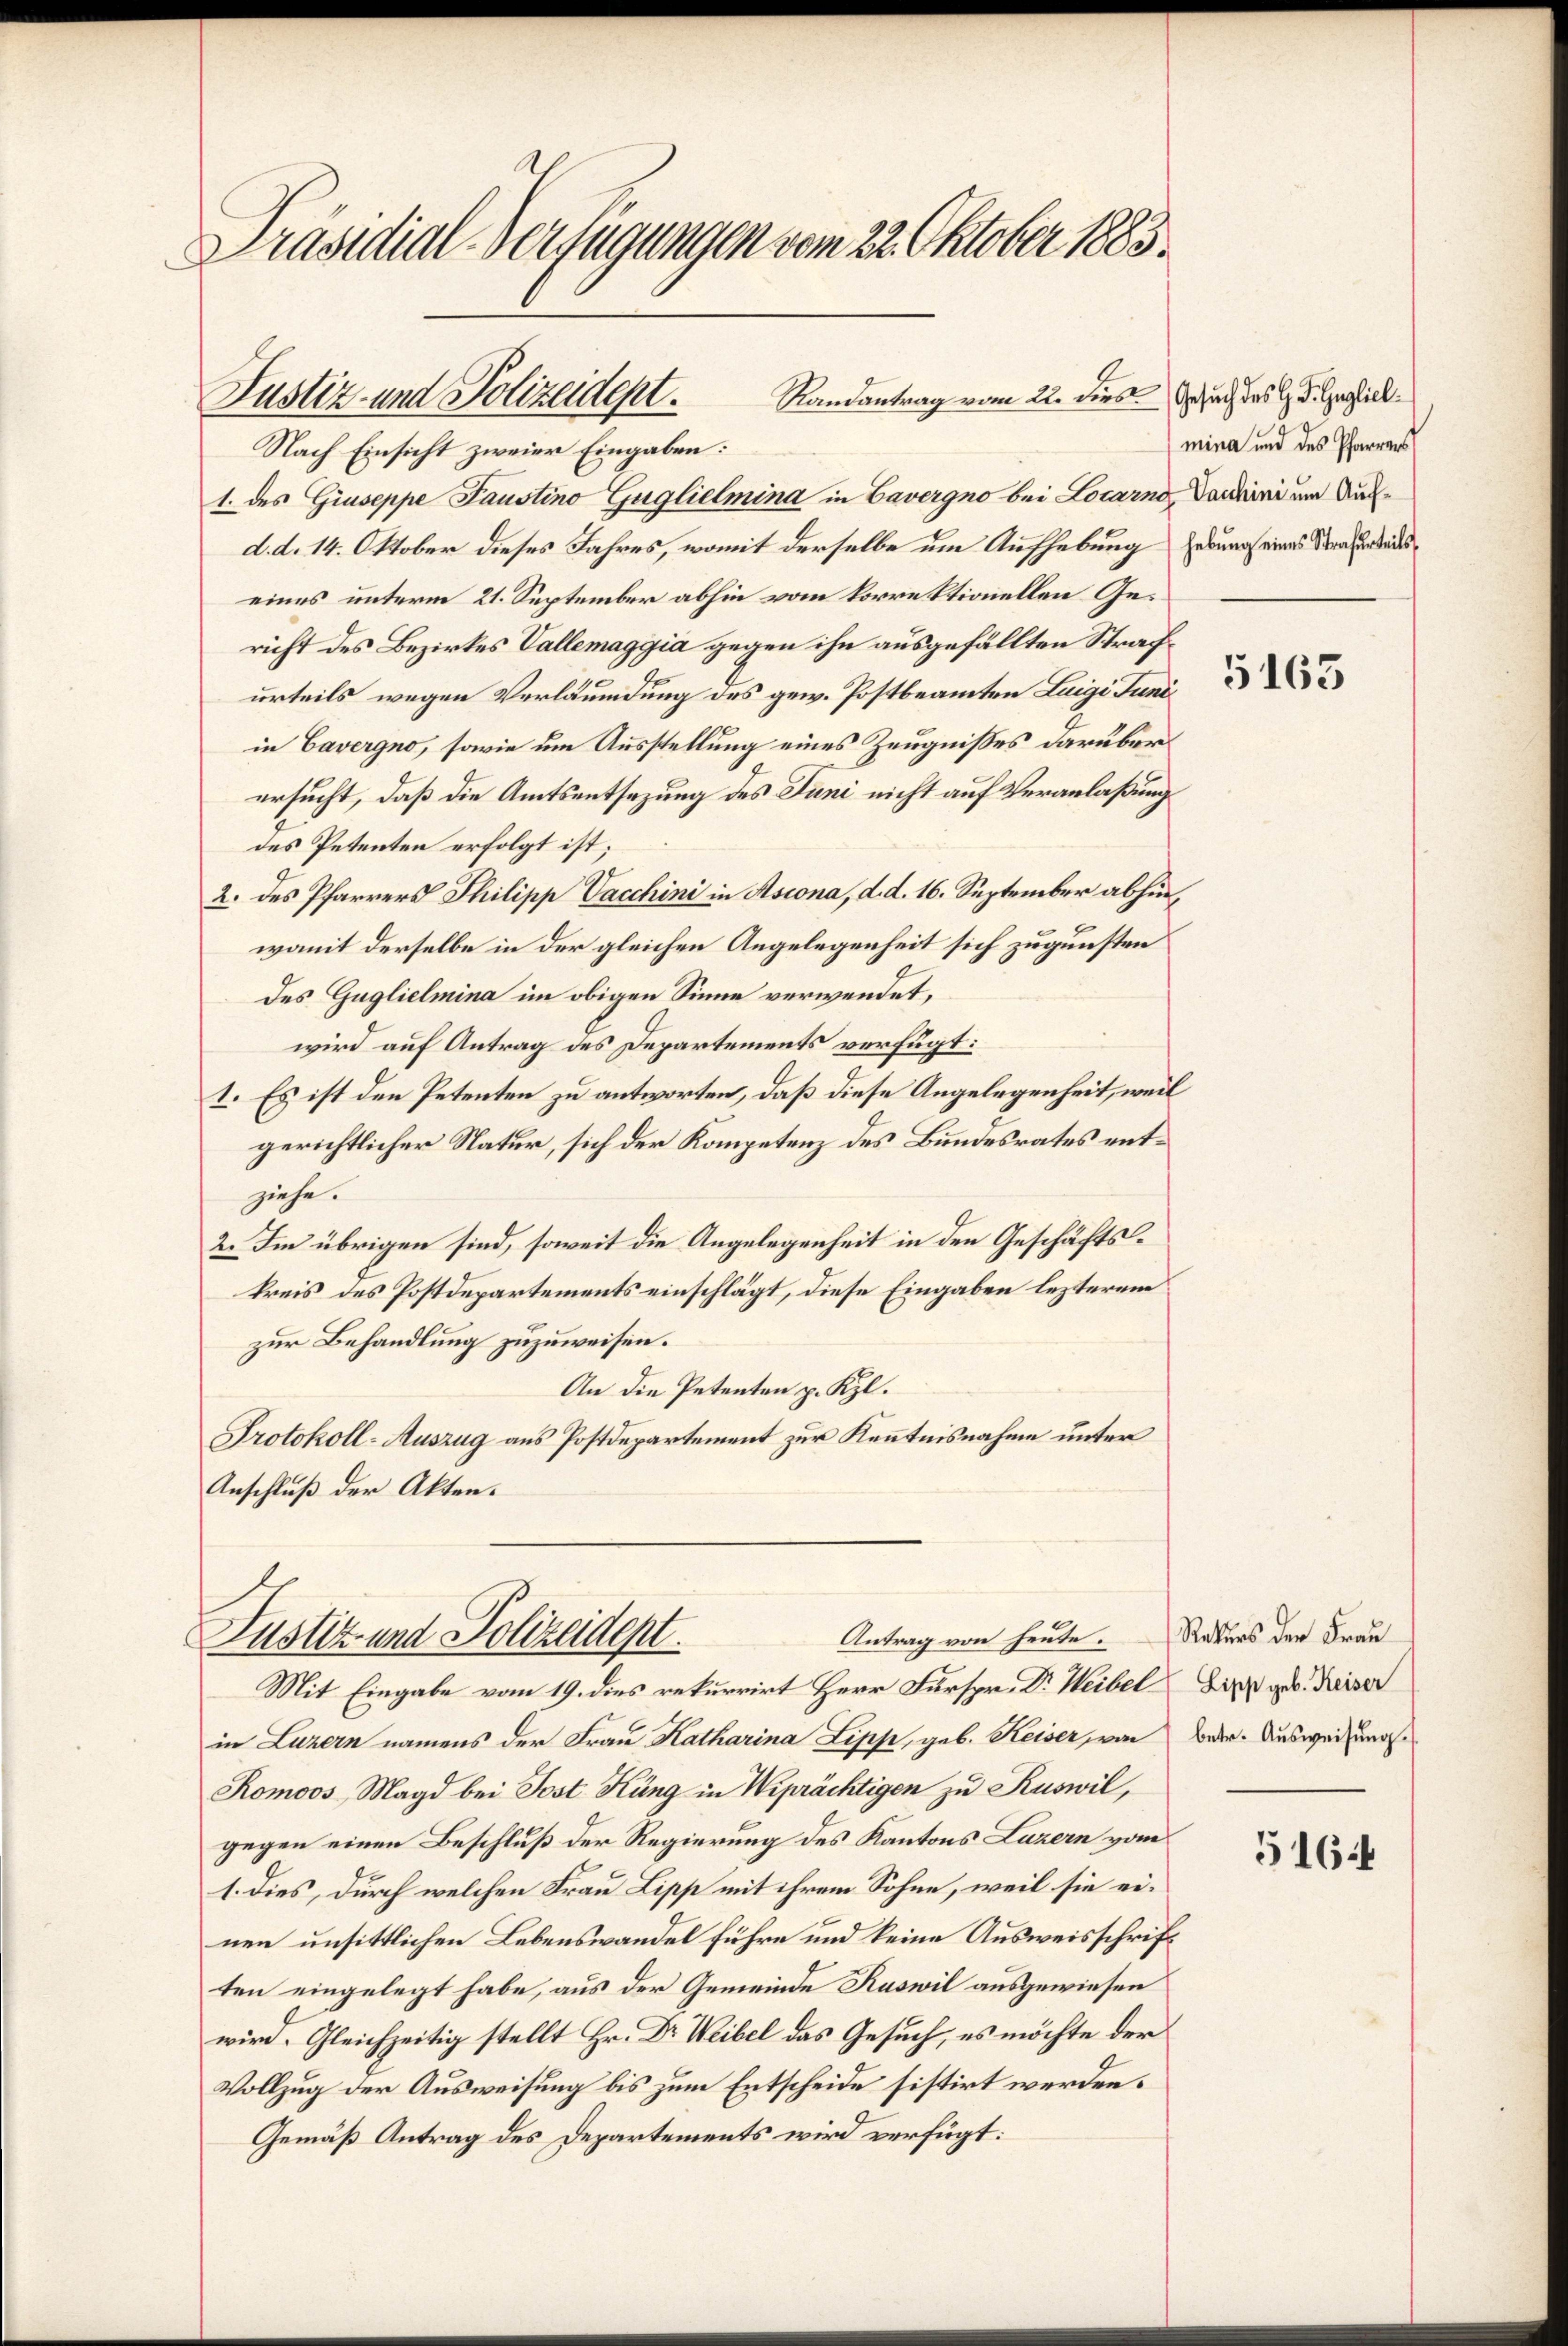
Präsidial-Verfügungen vom 22. Oktober 1883.

Nach Einsicht zweier Eingaben:
1. des Giuseppe Paustino Guglielmina in Cavergno bei Locarno Sardini um Ausd. d. 14. Oktober dieses Jahres, womit derselbe um Aufhebung gebung eines Strafendeseines unterm 21. September abhin vom korrektionellen Gericht des Bezirkes Vallemaggia gegen ihn ausgefällten Strachurteils wegen Verläumdung des gew. Postbeamten Luigi Juni
in Cavergno, sowie um Ausstellung eines Zeugnisses darüber
ersucht, daß die Amtsentsezung des Juni nicht auf Veranlaßungs
des Petenten erfolgt ist;
2. des Pfarrers Philipp Vacchini in Ascona, d. d. 16. September abhin,
womit derselbe in der gleichen Angelegenheit sich zugunsten
des Guglielmina im obigen Sinne verwendet,
wird auf Antrag des Departements verfügt:
I. Es ist den Petenten zu antworten, daß diese Angelegenheit, weil
gerichtlicher Natur, sich der Kompetenz des Bundesrates entziehe.
2. Im übrigen sind, soweit die Angelegenheit in den Geschäftskreis des Postdepartements einschlägt, diese Eingaben lezterem
zur Behandlung zuzuweisen.
An die Petenten p. Kzl.
Protokoll-Auszug aus Postdepartement zur Kenntnisnahme unter
Anschluß der Akten.

Justiz- und Polizeident. Randantrag vom 22. dies auch des H. F. Heglick

Antrag von heute.
Justiz- und Polizeident.

Mit Eingabe vom 19. dies rekurrirt Herr Fürspr. Dr Weibel Linz geb. Keiser
in Luzern namens der Frau Katharina Lipp, geb. Keiser, von
Romoos, Magd bei Jost Küng in Wiprächtigen zu Ruswil,
gegen einen Beschluß der Regierung des Kantons Luzern vom
1. dies, durch welchen Frau Lipp mit ihrem Sohne, weil sie einen unsittlichen Lebenswandel führe und keine Ausweisschrift
ten eingelegt habe, aus der Gemeinde Ruswil ausgewiesen
wird. Gleichzeitig stellt Hr. Dr Weibel das Gesuch, es möchte der
Vollzug der Ausweisung bis zum Entscheide sistirt werden.
Gemäß Antrag des Departements wird verfügt:

mina und des Pfarrers

5163

Rekurs der Frau
betr. Ausweisung.

5164